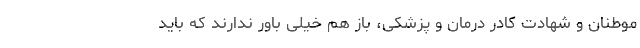
موطنان و شهادت کادر درمان و پزشکی، باز هم خیلی باور ندارند که باید